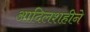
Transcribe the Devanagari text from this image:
आदिलशहीने